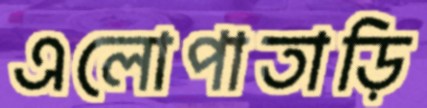
এলোপাতাড়ি